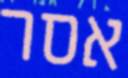
אסר